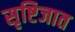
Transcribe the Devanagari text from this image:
सृष्टिजात